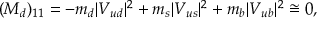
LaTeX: ( M _ { d } ) _ { 1 1 } = - m _ { d } \vert V _ { u d } \vert ^ { 2 } + m _ { s } \vert V _ { u s } \vert ^ { 2 } + m _ { b } \vert V _ { u b } \vert ^ { 2 } \cong 0 ,